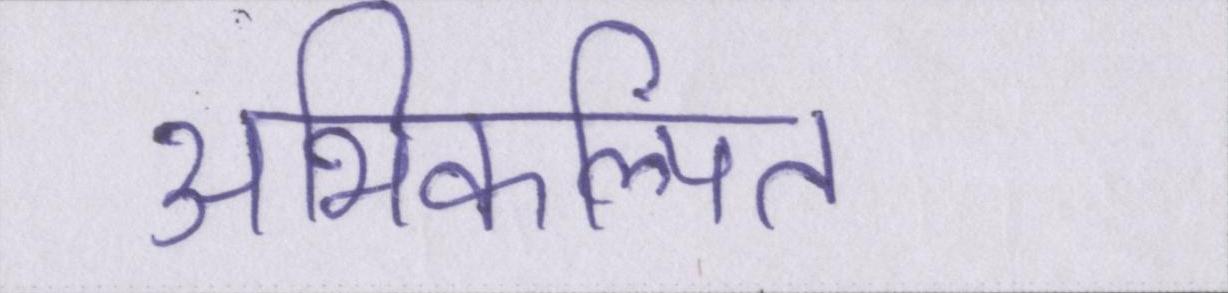
अभिकल्पित